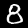
Digit: 8